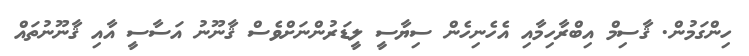
ހިންގަމުން. ޤާސިމް އިބްރާހިމާއި އެހެނިހެން ސިޔާސީ ލީޑަރުންނަށްވެސް ޤާނޫނު އަސާސީ އާއި ޤާނޫނުތައް